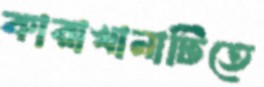
কারাখানাটিতে